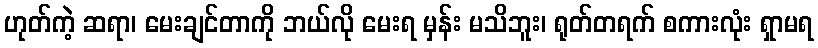
ဟုတ်ကဲ့ ဆရာ၊ မေးချင်တာကို ဘယ်လို မေးရ မှန်း မသိဘူး၊ ရုတ်တရက် စကားလုံး ရှာမရ